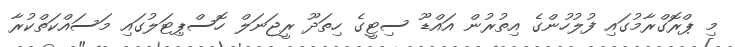
މި ޕްރޮގްރާމުގައި ފުލުުހުންގެ އިތުރުން އައްޑޫ ސިޓީގެ ހިތަދޫ ރީޖަނަލް ހޮސްޕިޓަލުގައި މަސައްކަތްކުރާ